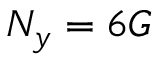
N _ { y } = 6 G